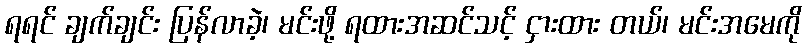
ရရင် ချက်ချင်း ပြန်လာခဲ့၊ မင်းဖို့ ရထားအဆင်သင့် ငှားထား တယ်၊ မင်းအမေကို